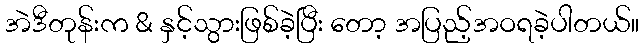
အဲဒီတုန်းက & နှင့်သွားဖြစ်ခဲ့ပြီး တော့ အပြည့်အဝရခဲ့ပါတယ်။